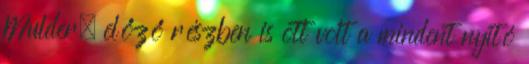
Mulder, előző részben is ott volt a mindent nyitó